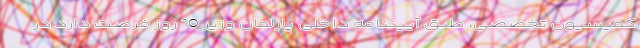
کمیسیون تخصصی، طبق آییننامه داخلی پارلمان وزیر 10 روز فرصت دارد در